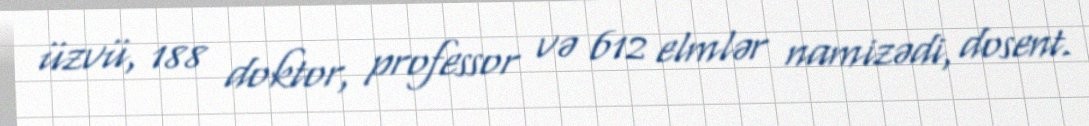
üzvü, 188 doktor, professor və 612 elmlər namizədi, dosent.